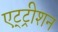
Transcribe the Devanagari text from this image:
एट्ट्रीशन